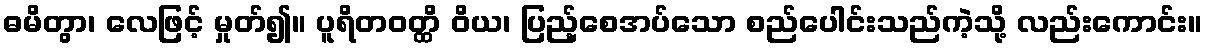
ဓမိတွာ၊ လေဖြင့် မှုတ်၍။ ပူရိတဝတ္ထိ ဝိယ၊ ပြည့်စေအပ်သော စည်ပေါင်းသည်ကဲ့သို့ လည်းကောင်း။